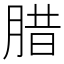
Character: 腊